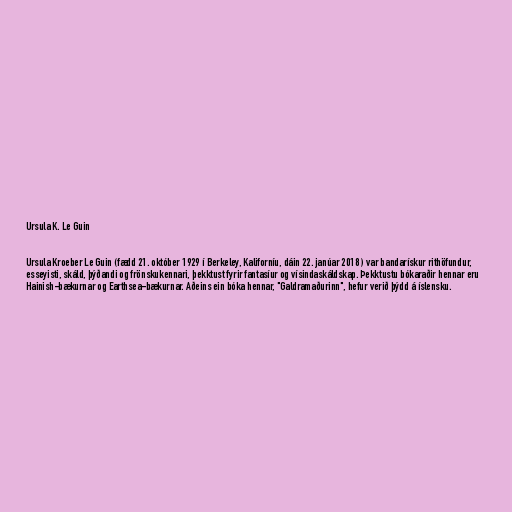
Ursula K. Le Guin

Ursula Kroeber Le Guin (fædd 21. október 1929 í Berkeley, Kaliforníu, dáin 22. janúar 2018 ) var bandarískur rithöfundur,
esseyisti, skáld, þýðandi og frönskukennari, þekktust fyrir fantasíur og vísindaskáldskap. Þekktustu bókaraðir hennar eru
Hainish-bækurnar og Earthsea-bækurnar. Aðeins ein bóka hennar, "Galdramaðurinn", hefur verið þýdd á íslensku.